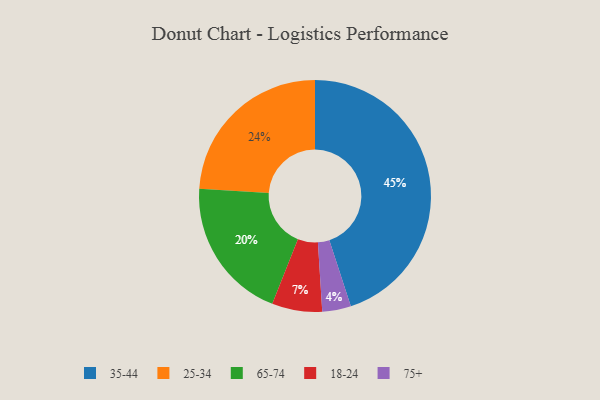
{"axis": {"x": "Category", "y": "Percentage"}, "legend": ["18-24", "25-34", "35-44", "65-74", "75+"], "data": [{"x": "18-24", "y": 7, "type": "18-24"}, {"x": "25-34", "y": 24, "type": "25-34"}, {"x": "35-44", "y": 45, "type": "35-44"}, {"x": "75+", "y": 4, "type": "75+"}, {"x": "65-74", "y": 20, "type": "65-74"}]}